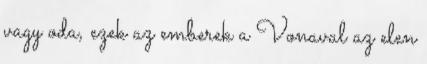
vagy oda, ezek az emberek a Vonaval az elen